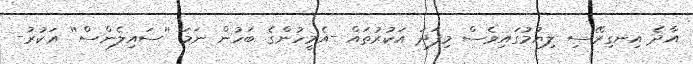
އާދެ އިނގިރޭސި ލިޔުމުގައިވެސް މިފަދަ އަކުރުތައް -އެމީހުންގެ ބަހުން ނަމަ ''ސައިލެންސް'' އަކުރު-